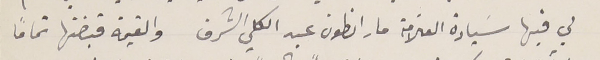
لي فيها سَيادة العلّامة مار انطون عبد الكلي الشرف والقيمة قبضتها تماماً